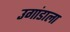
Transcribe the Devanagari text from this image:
उगांडाला